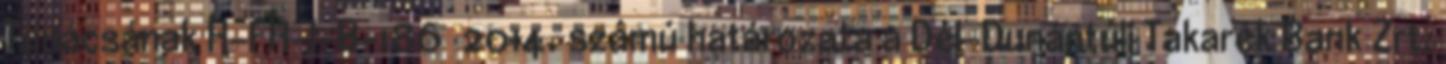
Tanácsának H-FH-I-B-186 2014. számú határozata a Dél-Dunántúli Takarék Bank Zrt.